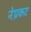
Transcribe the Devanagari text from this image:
नेप्रकट